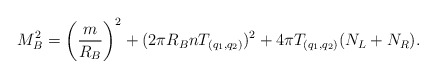
\begin{align*}M_B^2 = \left({m\over R_B}\right)^2 + (2\pi R_B n T_{(q_{1}, q_{2})})^2 + 4\pi T_{(q_{1}, q_{2})} (N_L + N_R). \end{align*}